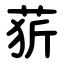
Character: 䓄